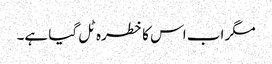
مگر اب اس کا خطرہ ٹل گیا ہے۔